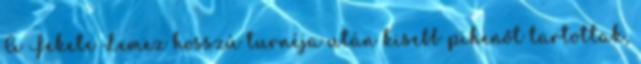
A Fekete Lemez hosszú turnéja után kisebb pihenőt tartottak,